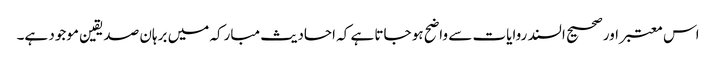
اس معتبر اور صحیح السند روایات سے واضح ہو جاتا ہے کہ احادیث مبارکہ میں برہان صدیقین موجود ہے۔